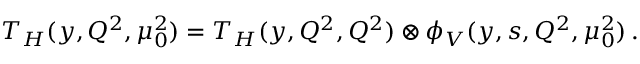
T _ { H } ( y , Q ^ { 2 } , \mu _ { 0 } ^ { 2 } ) = T _ { H } ( y , Q ^ { 2 } , Q ^ { 2 } ) \otimes \phi _ { V } ( y , s , Q ^ { 2 } , \mu _ { 0 } ^ { 2 } ) \, .